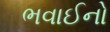
ભવાઈનો